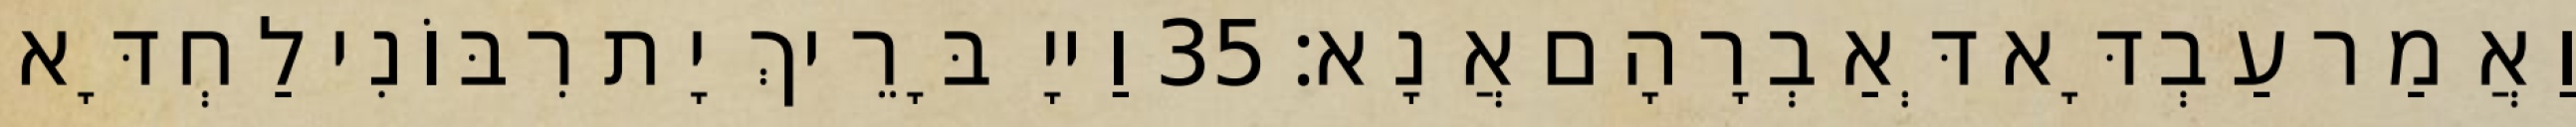
וַאֲמַר עַבְדָּא דְּאַבְרָהָם אֲנָא׃ 35 וַייָ בָּרֵיךְ יָת רִבּוֹנִי לַחְדָּא